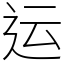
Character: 运